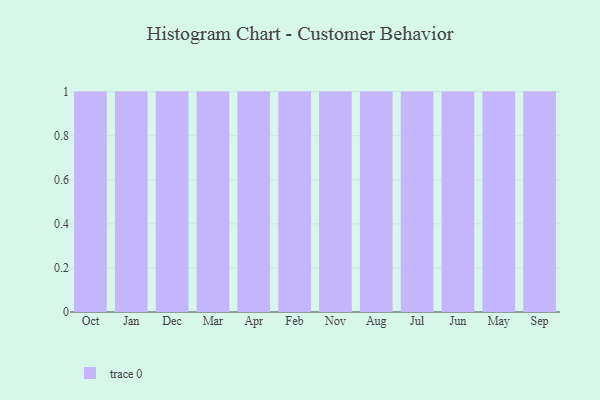
{"axis": {"x": "Month", "y": "Conversion Rate (%)"}, "legend": [""], "data": [{"x": "Oct", "y": 83, "type": ""}, {"x": "Jan", "y": 8, "type": ""}, {"x": "Dec", "y": 53, "type": ""}, {"x": "Mar", "y": 42, "type": ""}, {"x": "Apr", "y": 75, "type": ""}, {"x": "Feb", "y": 72, "type": ""}, {"x": "Nov", "y": 83, "type": ""}, {"x": "Aug", "y": 96, "type": ""}, {"x": "Jul", "y": 92, "type": ""}, {"x": "Jun", "y": 74, "type": ""}, {"x": "May", "y": 7, "type": ""}, {"x": "Sep", "y": 91, "type": ""}]}